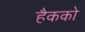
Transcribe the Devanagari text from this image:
हैकको